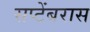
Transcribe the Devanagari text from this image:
सप्टेंबरास